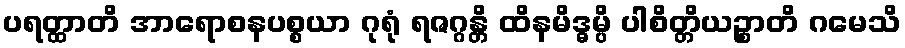
ပရတ္ထာတိ အာရောစနပစ္စယာ ဂုရုံ ရဇဂ္ဂန္တိ ထိနမိဒ္ဓမ္ပိ ပါစိတ္တိယဉ္စာတိ ဂမေသိ